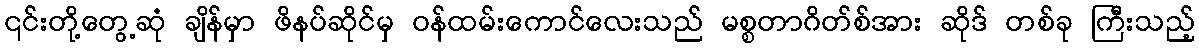
၎င်းတို့တွေ့ဆုံ ချိန်မှာ ဖိနပ်ဆိုင်မှ ဝန်ထမ်းကောင်လေးသည် မစ္စတာဂိတ်စ်အား ဆိုဒ် တစ်ခု ကြီးသည့်